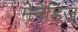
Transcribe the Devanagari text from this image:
मेनेंडिज